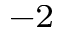
^ { - 2 }